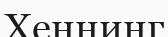
Хеннинг